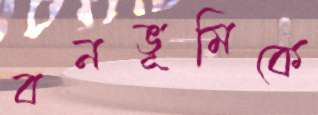
বনভূমিকে